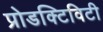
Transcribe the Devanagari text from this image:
प्रोडक्टिविटी